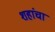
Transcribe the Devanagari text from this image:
शहांचा